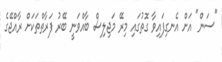
"ސަން" އަށް އެނގިފައިވާ ގޮތުގައި މިރޭ މަޖިލިސް ބާއްވަނީ ބޭރު ފަރާތްތަކަށް ރާއްޖޭގެ